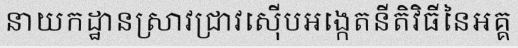
នាយកដ្ឋានស្រាវជ្រាវស៊ើបអង្កេតនីតិវិធីនៃអគ្គ